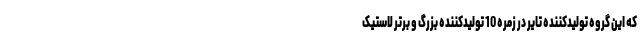
که این گروه تولیدکننده تایر در زمره 10 تولیدکننده بزرگ و برتر لاستیک